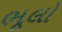
ભૂલો